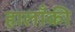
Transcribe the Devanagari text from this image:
हालाँकी